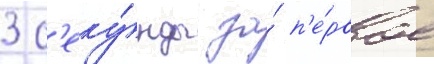
3 с'еку́нды за́ п'е́рвое